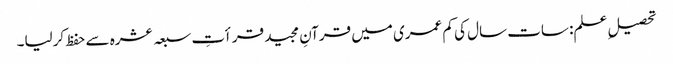
تحصیلِ علم: سات سال کی کم عمری میں قرآنِ مجید قرأتِ سبعہ عشرہ سے حفظ کرلیا۔